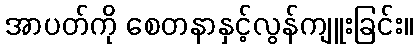
အာပတ်ကို စေတနာနှင့်လွန်ကျူးခြင်း။